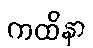
ကထိနာ